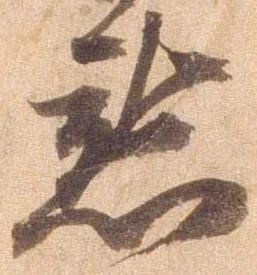
懇